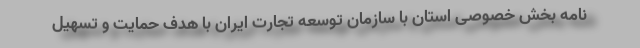
نامه بخش خصوصی استان با سازمان توسعه تجارت ایران با هدف حمایت و تسهیل